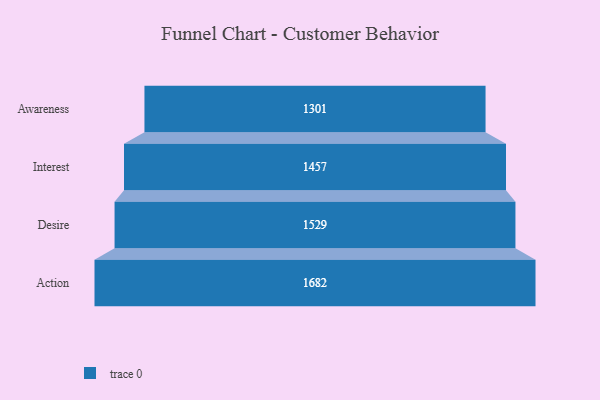
{"axis": {"x": "Stage", "y": "Value"}, "legend": [""], "data": [{"x": "Awareness", "y": 1301.0, "type": ""}, {"x": "Interest", "y": 1457.0, "type": ""}, {"x": "Desire", "y": 1529.0, "type": ""}, {"x": "Action", "y": 1682.0, "type": ""}]}